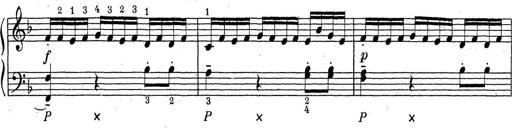
Title: ÄŒeskÃ© Sonatiny
Composer: Various